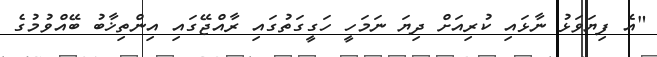
"އެ ފިޔަވަޅު ނާޅައި ކުރިއަށް ދިޔަ ނަމަހީ ހަގީގަތުގައި ރާއްޖޭގައި އިންތިޚާބު ބޭއްވުމުގެ